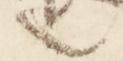
之